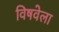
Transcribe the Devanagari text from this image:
विषवेला